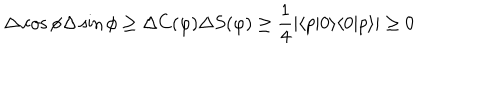
\Delta \cos \phi \Delta \sin \phi \geq \Delta C ( \varphi ) \Delta S ( \varphi ) \geq \frac { 1 } { 4 } | \langle p | 0 \rangle \langle 0 | p \rangle | \geq 0